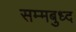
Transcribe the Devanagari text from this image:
सम्मबुध्द